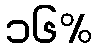
၁၆%